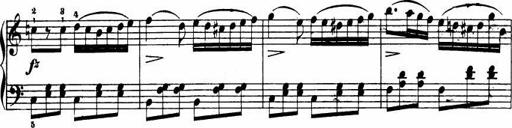
Title: Le bouquetier
Composer: Anton Diabelli
Key: G major
 C major
 F major
 C major